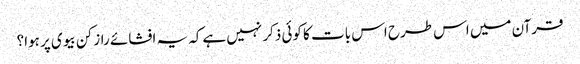
قرآن میں اس طرح اس بات کا کوئی ذکر نہیں ہےکہ یہ افشائے راز کن بیوی پر ہوا؟